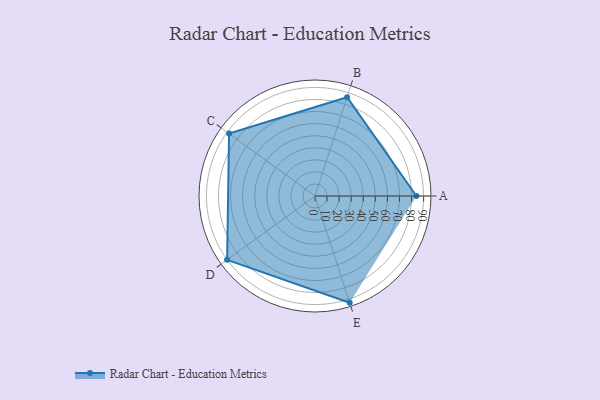
{"axis": {"x": "Skill", "y": "Score"}, "legend": ["Profile"], "data": [{"x": "A", "y": 84.0, "type": "Profile"}, {"x": "B", "y": 86.0, "type": "Profile"}, {"x": "C", "y": 88.0, "type": "Profile"}, {"x": "D", "y": 90.0, "type": "Profile"}, {"x": "E", "y": 93.0, "type": "Profile"}]}